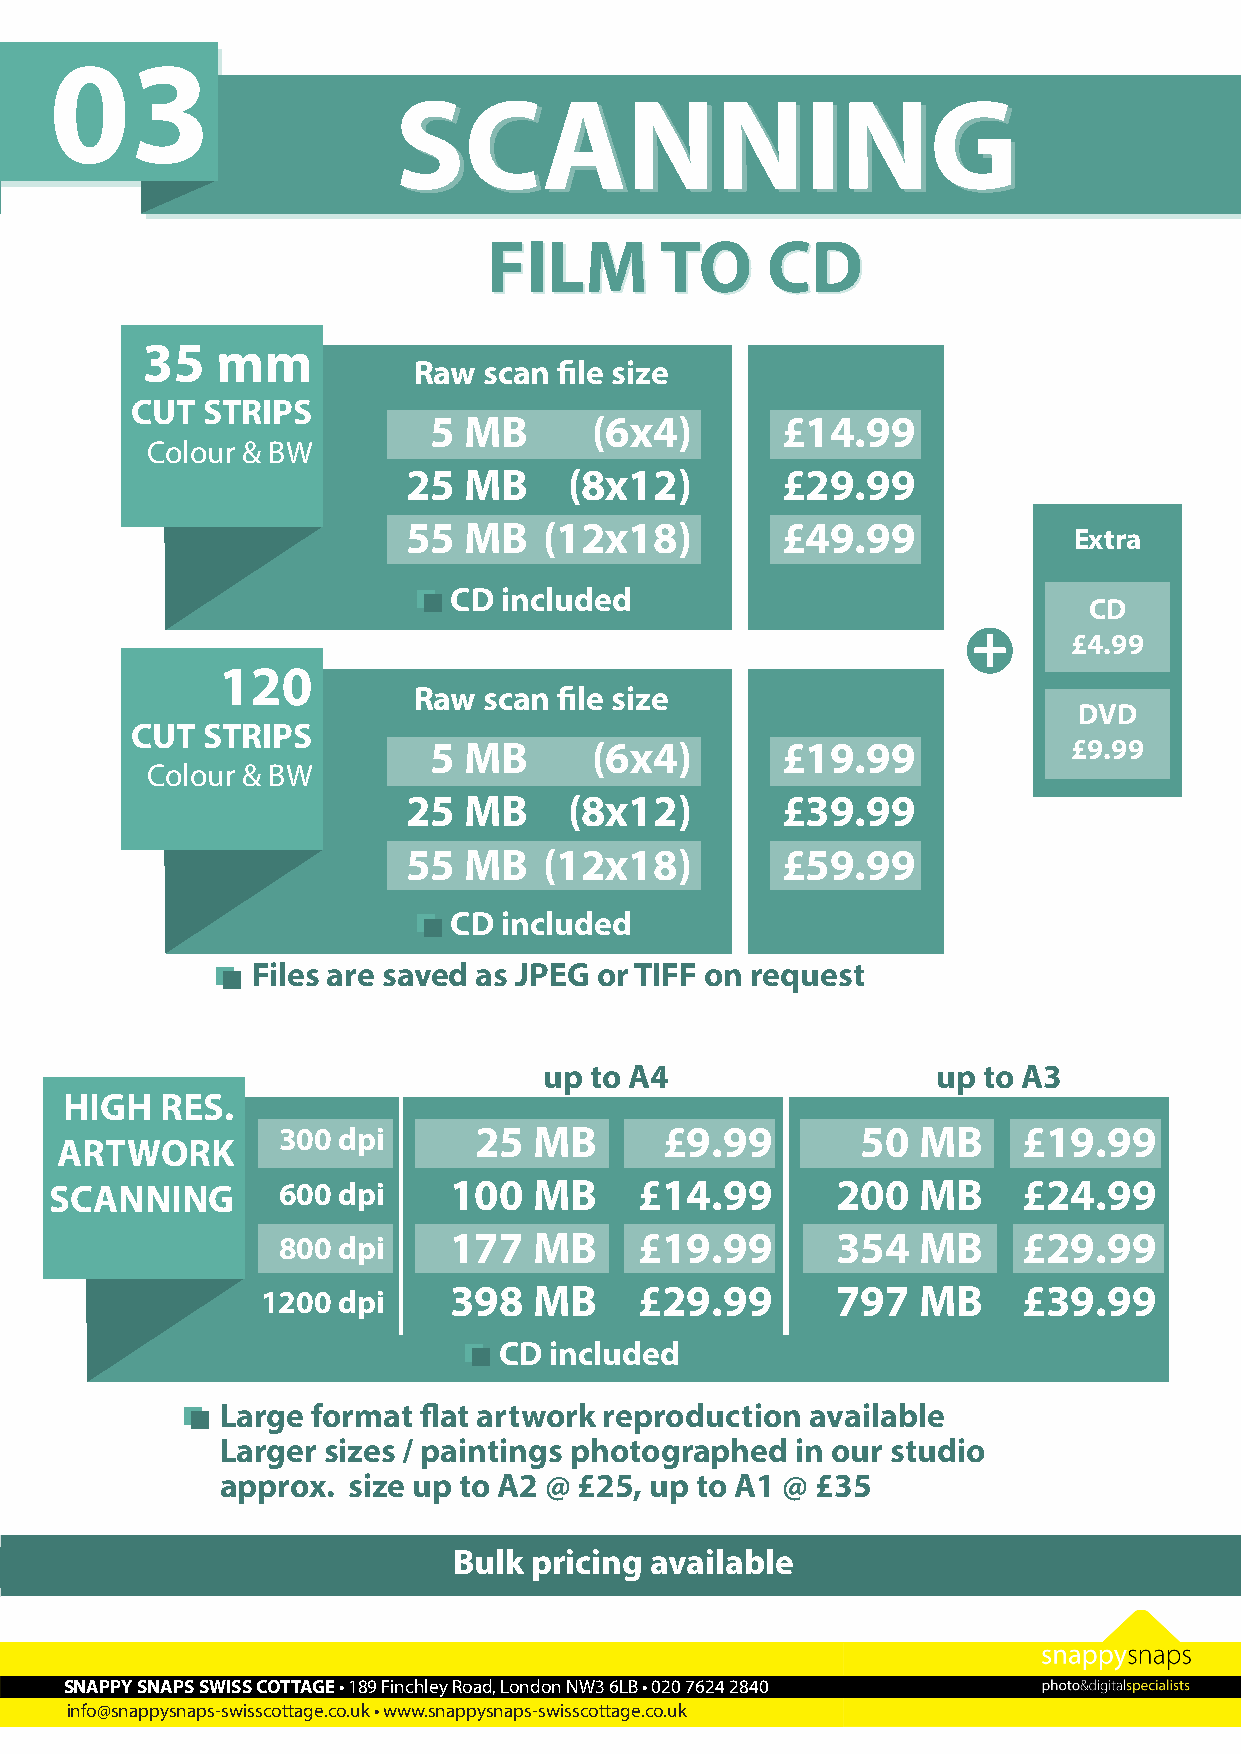
03
 SSCCAANNNNIINNGG
 FFIILLMM    TTOO   CCDD
 35   mm
 Raw  scan file size
 CUT STRIPS
 5  MB      (6x4)        £14.99
 Colour & BW
 25  MB     (8x12)        £29.99
 55  MB   (12x18)         £49.99
 Extra
 CD included
 CD
 +
 £4.99
 120
 Raw  scan file size
 DVD
 CUT STRIPS
 5  MB      (6x4)        £19.99             £9.99
 Colour & BW
 25  MB     (8x12)        £39.99
 55  MB   (12x18)         £59.99
 CD included
 Files are saved as JPEG or TIFF on request
 up to A4                  up to A3
 HIGH   RES.
 300 dpi      25  MB       £9.99        50  MB     £19.99
 ARTWORK
 SCANNING       600 dpi     100  MB     £14.99       200   MB     £24.99
 800 dpi     177  MB     £19.99       354   MB     £29.99
 1200 dpi     398  MB     £29.99       797   MB     £39.99
 CD included
 Large format flat artwork reproduction available
 Larger sizes / paintings photographed in our studio
 approx. size up to A2 @ £25, up to A1 @ £35
 Images can be burned onto CD £4.99 or DVD £9.99 Bulk pricing available
 SNAPPY SNAPS SWISS COTTAGE • 189 Finchley Road, London NW3 6LB • 020 7624 2840
 info@snappysnaps-swisscottage.co.uk • www.snappysnaps-swisscottage.co.uk